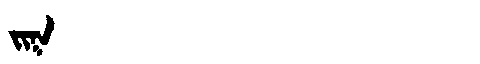
Manchu: ᠵᡳᡴ
Romanization: JIK